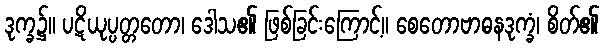
ဒုက္ခ၌။ ပဋိယုပ္ပတ္တတော၊ ဒေါသ၏ ဖြစ်ခြင်းကြောင့်။ စေတောဗာဓနဒုက္ခံ၊ စိတ်၏